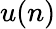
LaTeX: u(n)